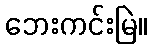
ဘေးကင်းမြဲ။